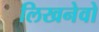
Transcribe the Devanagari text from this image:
लिखनेवो